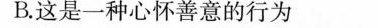
B.这是一种心怀善意的行为